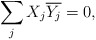
\begin{align*} \sum_{j} X_j\overline {Y_j}=0 ,\end{align*}